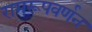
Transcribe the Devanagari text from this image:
रामरूपवर्णन